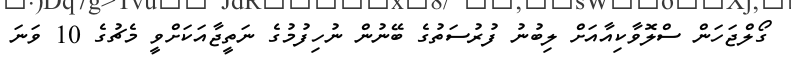
ގޯލްޖަހަން ސްލޮވާކިއާއަށް ލިބުނު ފުރުސަތުގެ ބޭނުން ނުހިފުމުގެ ނަތީޖާއަކަށްވީ މެޗުގެ 10 ވަނަ